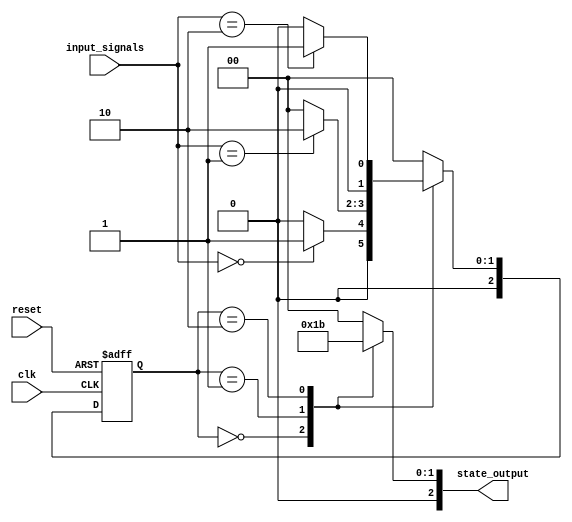
module moore_state_machine (
    input wire clk,
    input wire reset,
    input wire [1:0] input_signals,
    output reg [2:0] state_output
);

// Define states
parameter STATE_A = 3'b000;
parameter STATE_B = 3'b001;
parameter STATE_C = 3'b010;

// Define state register
reg [2:0] current_state;
reg [2:0] next_state;

// Define output values for each state
always @*
begin
    case (current_state)
        STATE_A: state_output = 3'b001;
        STATE_B: state_output = 3'b010;
        STATE_C: state_output = 3'b011;
        default: state_output = 3'b000; // Default output state
    endcase
end

// State transition logic
always @(posedge clk or posedge reset)
begin
    if (reset)
        current_state <= STATE_A;
    else
        current_state <= next_state;
end

// Define state transitions
always @*
begin
    case (current_state)
        STATE_A: next_state = (input_signals == 2'b00) ? STATE_B : STATE_A; // Transition to STATE_B if input_signals is '00'
        STATE_B: next_state = (input_signals == 2'b01) ? STATE_C : STATE_A; // Transition to STATE_C if input_signals is '01', else STATE_A
        STATE_C: next_state = (input_signals == 2'b10) ? STATE_B : STATE_A; // Transition to STATE_B if input_signals is '10', else STATE_A
        default: next_state = STATE_A; // Default transition to STATE_A
    endcase
end

endmodule